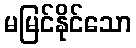
မမြင်နိုင်သော